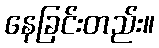
နေခြင်းတည်း။